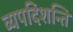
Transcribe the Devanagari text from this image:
व्यपदिशन्ति